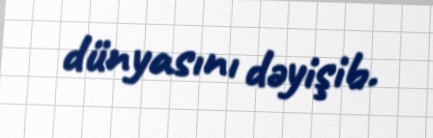
dünyasını dəyişib.